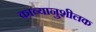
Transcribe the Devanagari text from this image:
काव्यानुशीलक